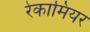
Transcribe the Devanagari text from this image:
रेकामियर